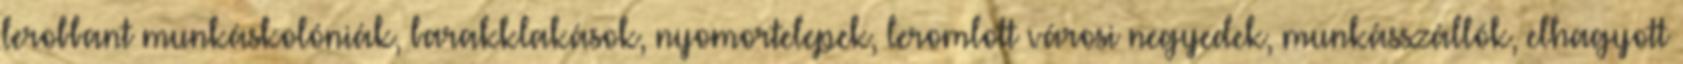
lerobbant munkáskolóniák, barakklakások, nyomortelepek, leromlott városi negyedek, munkásszállók, elhagyott